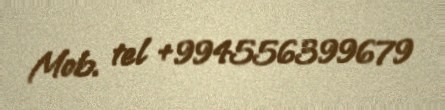
Mob. tel +994556399679